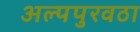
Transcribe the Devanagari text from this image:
अल्पपुरवठा